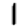
Digit: 1